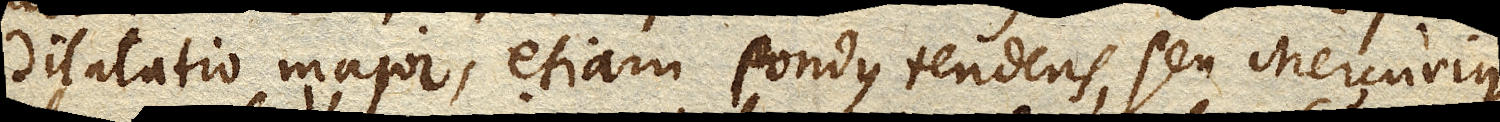
dilatatio major, etiam pondus tendens, seu Mercurius